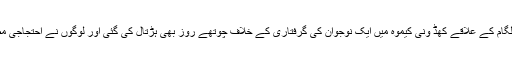
ادھر ضلع کولگام کے علاقے کھڈ ونی کیموہ میں ایک نوجوان کی گرفتاری کے خلاف چوتھے روز بھی ہڑتال کی گئی اور لوگوں نے احتجاجی مظاہرے کیے۔